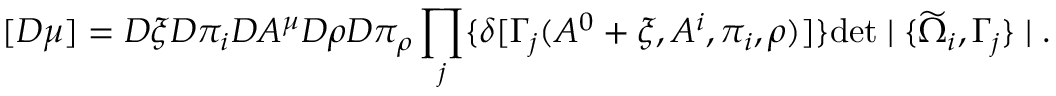
[ { \cal D } \mu ] = { \cal D } \xi { \cal D } \pi _ { i } { \cal D } A ^ { \mu } { \cal D } \rho { \cal D } \pi _ { \rho } \prod _ { j } \{ \delta [ \Gamma _ { j } ( A ^ { 0 } + \xi , A ^ { i } , \pi _ { i } , \rho ) ] \} \mathrm { d e t } \mid \{ \widetilde { \Omega } _ { i } , \Gamma _ { j } \} \mid .